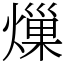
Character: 𤍒